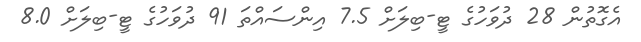
އެގޮތުން 28 ދުވަހުގެ ޓީ-ބިލަށް 7.5 އިންސައްތަ 91 ދުވަހުގެ ޓީ-ބިލަށް 8.0